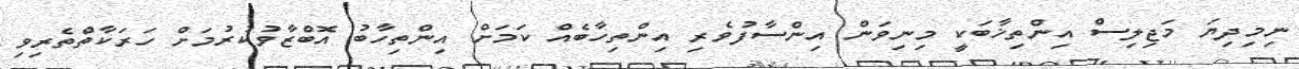
ނިމިދިޔަ މަޖިލިސް އިންތިޚާބަކީ މިނިވަން އިންސާފުވެރި އިންތިހާބެއް ކަމަށް އިންތިހާބު އޮބްޒާވުކުރުމަށް ހަރަކާތްތެރިވި